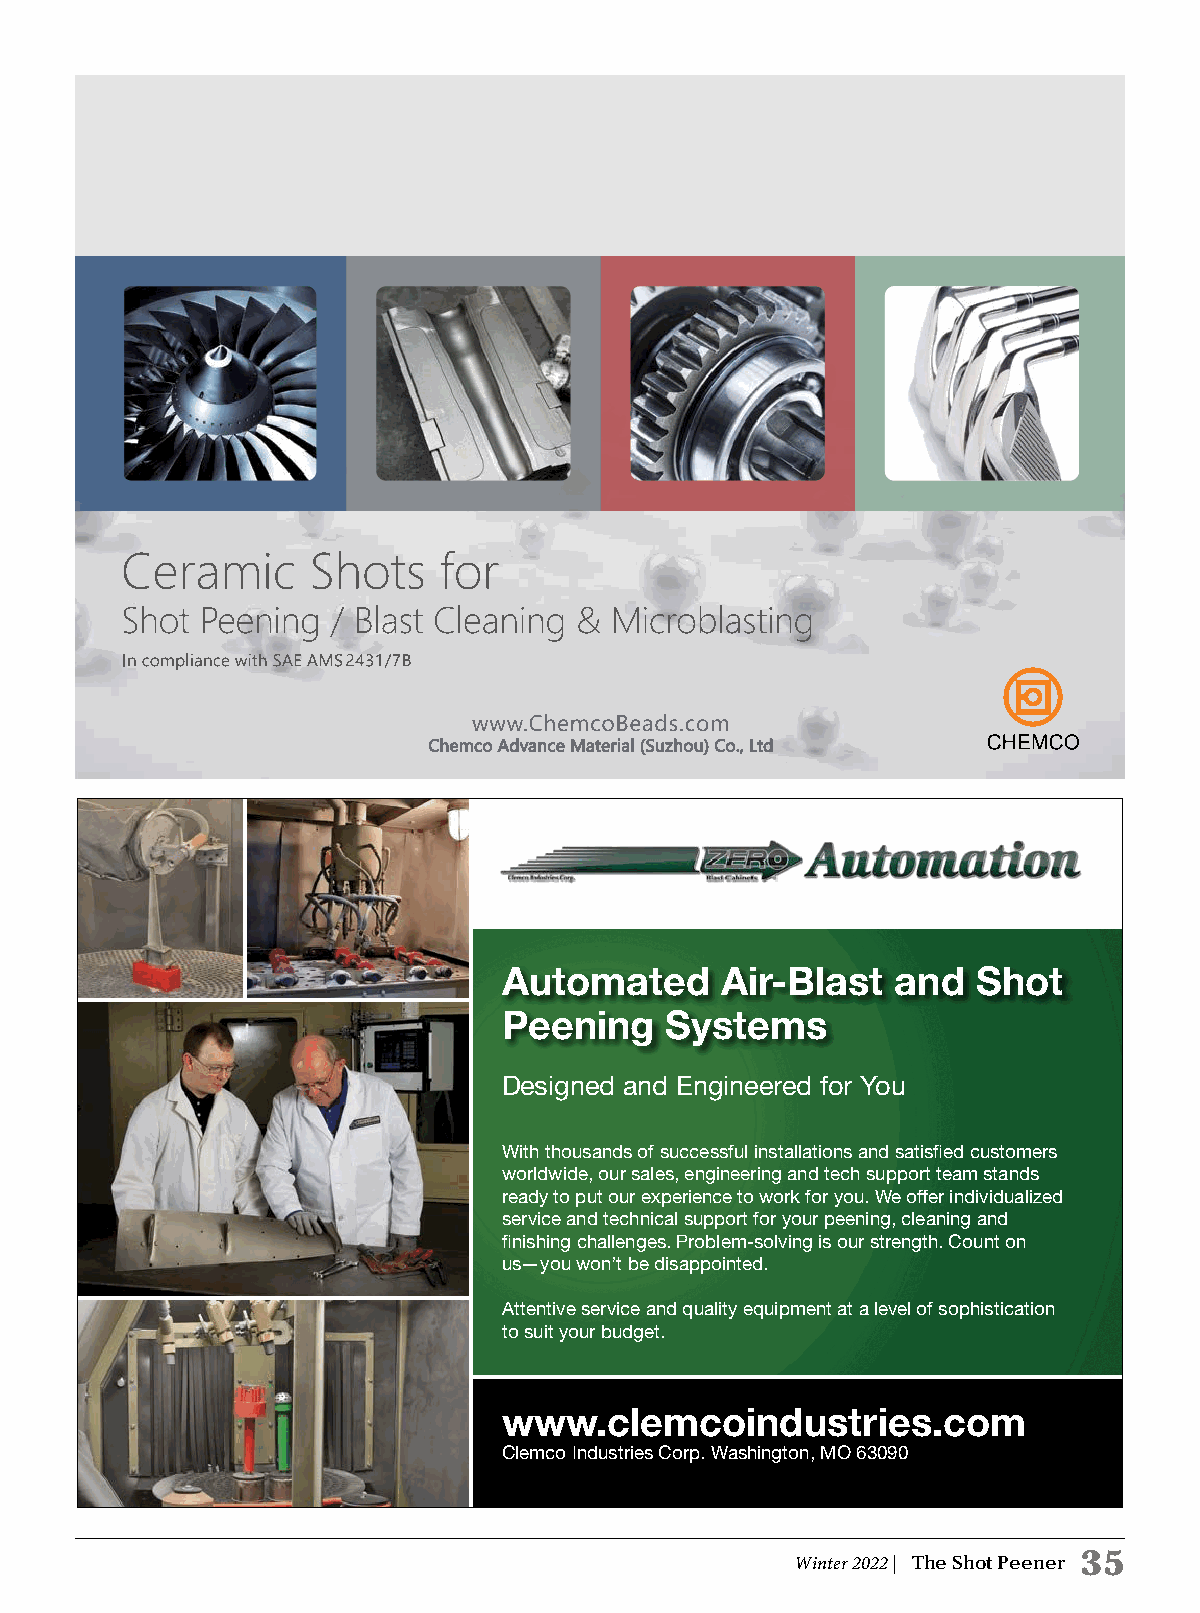
Automated      Air-Blast  and   Shot
 Peening    Systems
 Designed and Engineered for You
 With thousands of successful installations and satisfied customers
 worldwide, our sales, engineering and tech support team stands
 ready to put our experience to work for you. We offer individualized
 service and technical support for your peening, cleaning and
 finishing challenges. Problem-solving is our strength. Count on
 us—you won’t be disappointed.
 Attentive service and quality equipment at a level of sophistication
 to suit your budget.
 www.clemcoindustries.com
 Clemco Industries Corp. Washington, MO 63090
 Shot peen ad.indd 1                                           9/16/16 8:332 A5M
 Winter 2022 | The Shot Peener